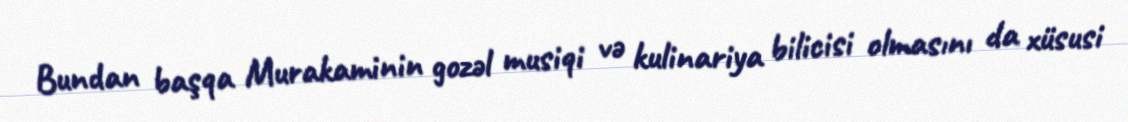
Bundan başqa Murakaminin gozəl musiqi və kulinariya bilicisi olmasını da xüsusi